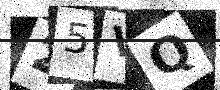
Text: 25VQ